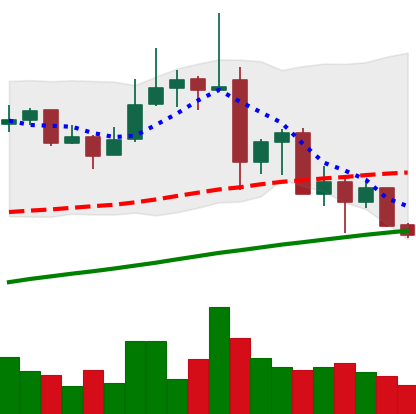
Ticker: ADA-USD
Chart end date: 2019-07-05
Forward return: -6.0%
Label: down_5_7